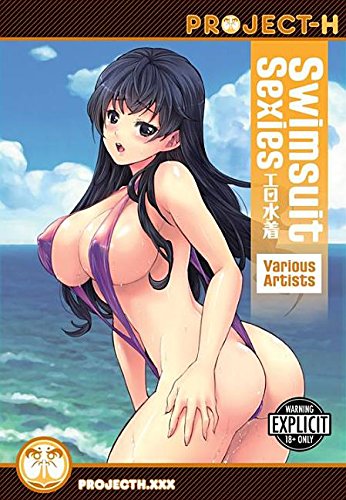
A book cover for Swimsuit Sexies; Parfait; Comics & Graphic Novels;